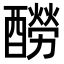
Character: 𨣃